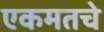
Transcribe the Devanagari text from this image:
एकमतचे